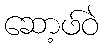
ဆော့ဖ်ဝဲ